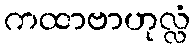
ကထာဗာဟုလ္လံ